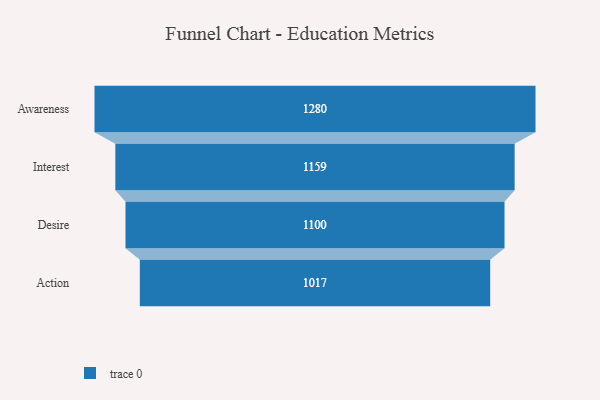
{"axis": {"x": "Stage", "y": "Value"}, "legend": [""], "data": [{"x": "Awareness", "y": 1280.0, "type": ""}, {"x": "Interest", "y": 1159.0, "type": ""}, {"x": "Desire", "y": 1100.0, "type": ""}, {"x": "Action", "y": 1017.0, "type": ""}]}